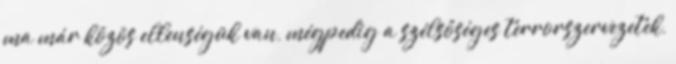
ma már közös ellenségük van, mégpedig a szélsőséges terrorszervezetek,